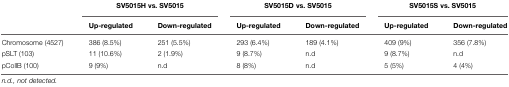
<table><thead><tr><td></td><td colspan="2"><b>SV5015H vs. SV5015</b></td><td colspan="2"><b>SV5015D vs. SV5015</b></td><td colspan="2"><b>SV5015S vs. SV5015</b></td></tr><tr><td></td><td><b>Up-regulated</b></td><td><b>Down-regulated</b></td><td><b>Up-regulated</b></td><td><b>Down-regulated</b></td><td><b>Up-regulated</b></td><td><b>Down-regulated</b></td></tr></thead><tbody><tr><td>Chromosome (4527)</td><td>386 (8.5%)</td><td>251 (5.5%)</td><td>293 (6.4%)</td><td>189 (4.1%)</td><td>409 (9%)</td><td>356 (7.8%)</td></tr><tr><td>pSLT (103)</td><td>11 (10.6%)</td><td>2 (1.9%)</td><td>9 (8.7%)</td><td>n.d</td><td>9 (8.7%)</td><td>n.d</td></tr><tr><td>pCollB (100)</td><td>9 (9%)</td><td>n.d</td><td>8 (8%)</td><td>n.d</td><td>5 (5%)</td><td>4 (4%)</td></tr></tbody></table>